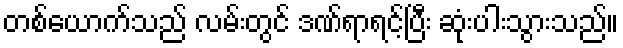
တစ်ယောက်သည် လမ်းတွင် ဒဏ်ရာရင့်ပြီး ဆုံးပါးသွားသည်။